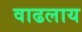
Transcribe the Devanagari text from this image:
वाढलाय